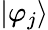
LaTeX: |\varphi_{j}\rangle